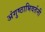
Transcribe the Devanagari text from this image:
अंगुष्ठाभिवर्तनी